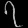
Digit: ၇